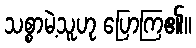
သစ္စာမဲ့သူဟု ပြောကြ၏။